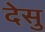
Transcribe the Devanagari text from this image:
देसु